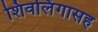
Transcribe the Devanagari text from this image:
शिवलिंगासह